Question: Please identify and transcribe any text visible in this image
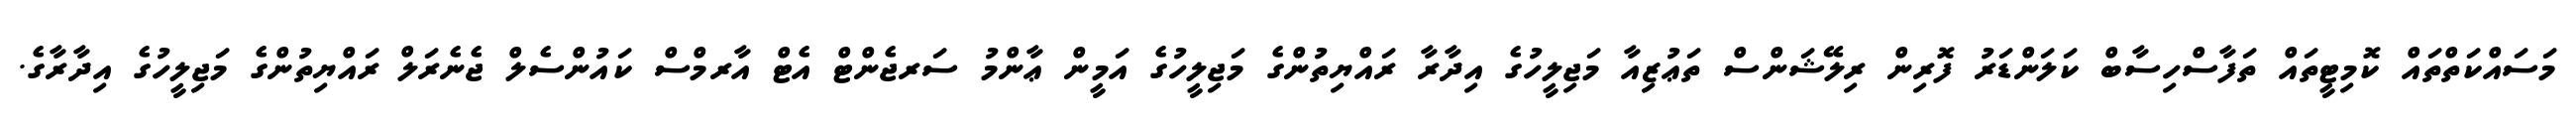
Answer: މަސައްކަތްތައް ކޮމިޓީތައް ތަފާސްހިސާބް ކަލަންޑަރު ފޮރިން ރިލޭޝަންސް ތަޢުޒިއާ މަޖިލީހުގެ އިދާރާ ރައްޔިތުންގެ މަޖިލީހުގެ އަމީން ޢާންމު ސަރޖެންޓް އެޓް އާރމްސް ކައުންސެލް ޖެނެރަލް ރައްޔިތުންގެ މަޖިލީހުގެ އިދާރާގެ.